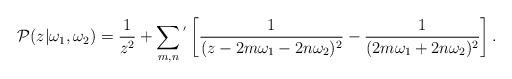
LaTeX: \begin{align*}{\cal P}(z|\omega_{1},\omega_{2})=\frac{1}{z^{2}}+\sum_{m,n}{}^{'}\left[\frac{1}{(z-2m\omega_{1}-2n\omega_{2})^{2}}-\frac{1}{(2m\omega_{1}+2n\omega_{2})^{2}}\right].\end{align*}